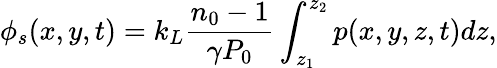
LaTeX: \phi_{s}(x,y,t)=k_{L}\frac{n_{0}-1}{\gamma P_{0}}\int_{z_{1}}^{z_{2}}p(x,y,z,t)dz,